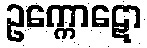
ဥက္ကောဋော